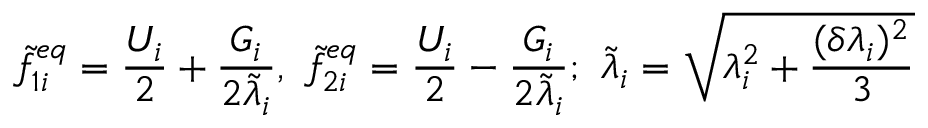
\widetilde { f } _ { 1 i } ^ { e q } = \frac { U _ { i } } { 2 } + \frac { G _ { i } } { 2 \widetilde { \lambda } _ { i } } , \ \widetilde { f } _ { 2 i } ^ { e q } = \frac { U _ { i } } { 2 } - \frac { G _ { i } } { 2 \widetilde { \lambda } _ { i } } ; \ \widetilde { \lambda } _ { i } = \sqrt { \lambda _ { i } ^ { 2 } + \frac { ( \delta \lambda _ { i } ) ^ { 2 } } { 3 } }